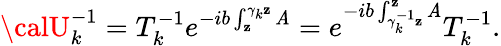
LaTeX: {\calU}_{k}^{-1}=T_{k}^{-1}e^{-ib\int_{\mathbf{z}}^{\gamma_{k}\mathbf{z}}\mathit{A}}=e^{-ib\int_{\gamma_{k}^{-1}\mathbf{z}}^{\mathbf{z}}\mathit{A}}T_{k}^{-1}.